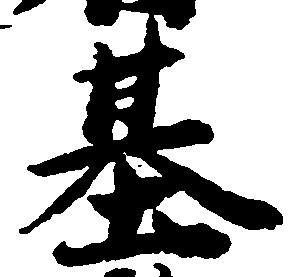
基